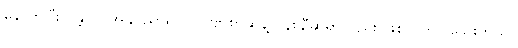
နောက်ပြီး ဂန္တဝင် အနုပညာရှင်၊ ကဗျာစာဆိုနဲ့ ပန်းချီဆရာလည်း ဖြစ်လိုက်ပါသေးတယ်။